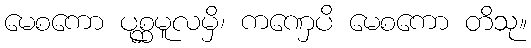
မေစကော ပုစ္ဆမူလမှိ၊ ကဏှေပိ မေစကော တိသု။